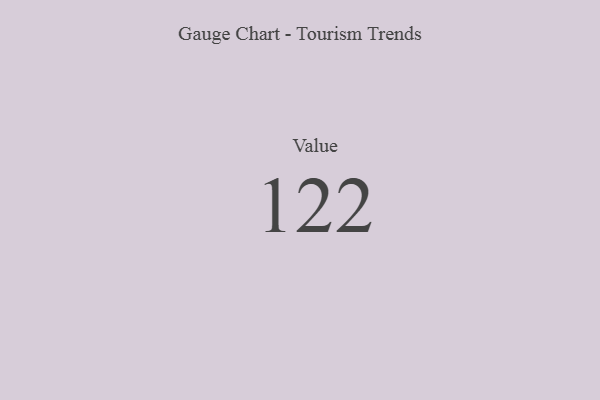
{"axis": {"x": "Metric", "y": "Value"}, "legend": [""], "data": [{"x": "Value", "y": 122, "type": ""}]}